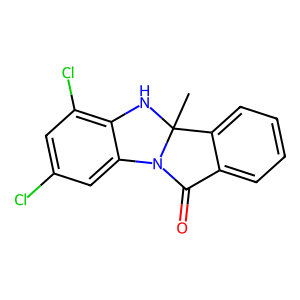
SMILES: CC12Nc3c(Cl)cc(Cl)cc3N1C(=O)c1ccccc12
Inhibits HIV replication: No